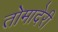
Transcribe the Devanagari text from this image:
तोमादेरी